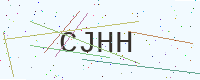
Text: CJHH